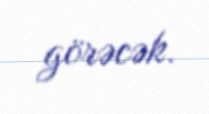
görəcək.